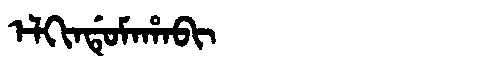
Manchu: ᡝᠯᡴᡳᠨᡩᡠᠮᠠᡥᠠᠪᡳ
Romanization: ELKINDUMAHABI